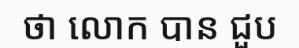
ថា លោក បាន ជួប